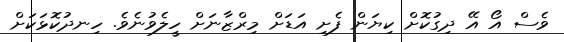
ވެސް އޯ އޭ ދިގުކޮށް ކިޔަން ފެށި އަޑަށް މިރްޒާނަށް ހީލެވުނެވެ. ހިނދުކޮޅަކަށް